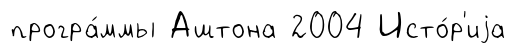
програ́ммы Аштона 2004 Исто́р'иjа